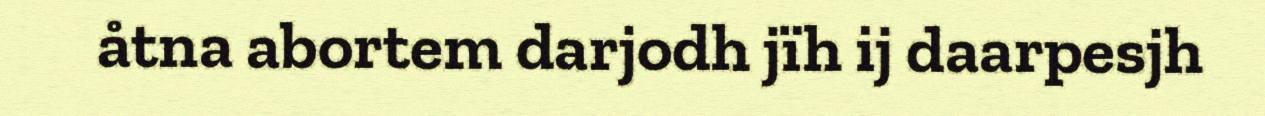
åtna abortem darjodh jïh ij daarpesjh